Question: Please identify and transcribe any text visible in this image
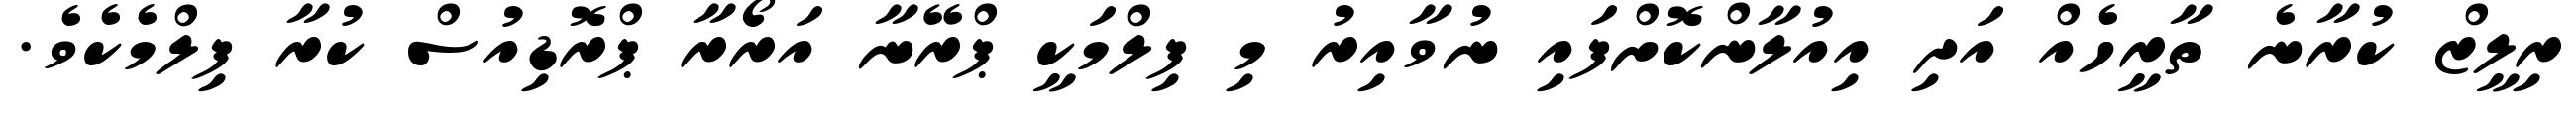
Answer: ރިލީޒް ކުރާނެ ތާރީހެއް އަދި އިއުލާންކޮށްފައި ނުވާއިރު މި ފިލްމަކީ ޕްރޭނާ އަރޯރާ ޕްރޮޑިއުސް ކުރާ ފިލްމެކެވެ.